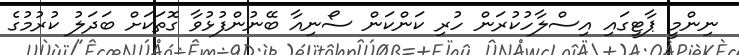
ނިންމީ ޕާޓީގައި އިސްލާހުކުރަން ހުރި ކަންކަން ސޯނިއާ ބޭނުންފުޅުވާ ގޮތަކަށް ބަދަލު ކުރުމުގެ